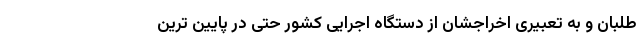
طلبان و به تعبیری اخراجشان از دستگاه اجرایی کشور حتی در پایین ترین